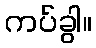
ကပ်ခွါ။